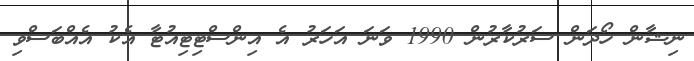
ނިޝާން ހޯދަން ސަރުކާރުން 1990 ވަނަ އަހަރު އެ އިންސްޓިޓިއުޓާ އެކު އެއްބަސްވި